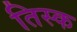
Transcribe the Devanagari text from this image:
तिस्क